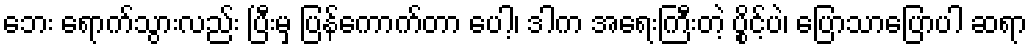
ဘေး ရောက်သွားလည်း ပြီးမှ ပြန်ကောက်တာ ပေါ့၊ ဒါက အရေးကြီးတဲ့ ပွိုင့်ပဲ၊ ပြောသာပြောပါ ဆရာ